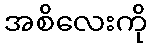
အစိလေးကို